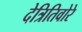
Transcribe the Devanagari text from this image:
देत्रितिवोरे